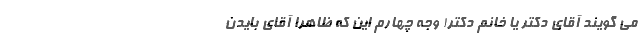
می گویند آقای دکتر یا خانم دکتر! وجه چهارم این که ظاهرا آقای بایدن